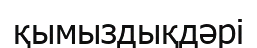
қымыздықдәрі